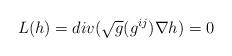
LaTeX: \begin{align*}L (h)=div(\sqrt{g} (g^{ij})\nabla h)=0\end{align*}